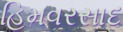
હિમવરસાદ